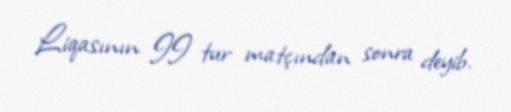
Liqasının II tur matçından sonra deyib.